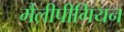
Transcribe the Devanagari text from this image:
मैलीपीगियन